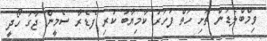
ވިމްބްލެޑަން ތަށި ހަތް ފަހަރު ކާމިޔާބު ކުރި ފެޑެރާ ސެމީން ޖާގަ ހޯދީ